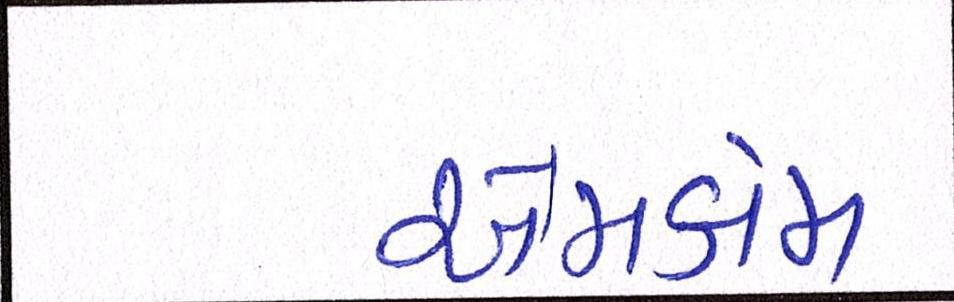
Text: એમકોમ